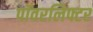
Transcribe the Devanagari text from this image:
पॉवरलिफ्टर